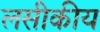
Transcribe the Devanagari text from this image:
लसीकीय